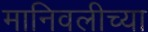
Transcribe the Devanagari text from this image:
मानिवलीच्या